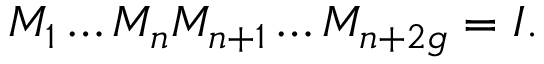
M _ { 1 } \dots M _ { n } M _ { n + 1 } \dots M _ { n + 2 g } = I .